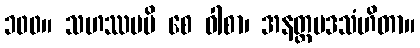
၁၀၀။ သဟဿမပိ စေ ဝါစာ၊ အနတ္ထပဒသံဟိတာ။